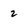
Character: 2